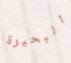
البحيرة